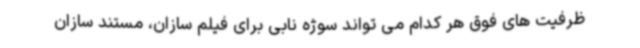
ظرفیت های فوق هر کدام می تواند سوژه نابی برای فیلم سازان، مستند سازان